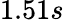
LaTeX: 1.51s